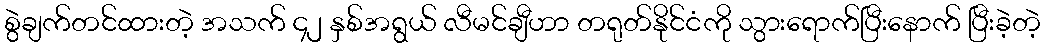
စွဲချက်တင်ထားတဲ့ အသက် ၄၂ နှစ်အရွယ် လီမင်ချီဟာ တရုတ်နိုင်ငံကို သွားရောက်ပြီးနောက် ပြီးခဲ့တဲ့